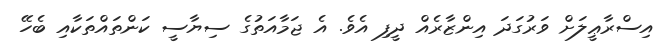
އިސްރާޢީލަށް ވަރުގަދަ އިންޒާރެއް ދީފި އެވެ. އެ ޖަމާއަތުގެ ސިޔާސީ ކަންތައްތަކާއި ބެހޭ